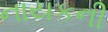
નાયકની